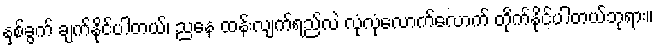
နှစ်ခွက် ချက်နိုင်ပါတယ်၊ ညနေ ထန်းလျက်ရည်လဲ လုံလုံလောက်လောက် တိုက်နိုင်ပါတယ်ဘုရား။